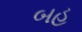
બહ